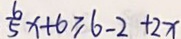
\frac { 6 } { 5 } x + 6 \geq 6 - 2 + 2 x